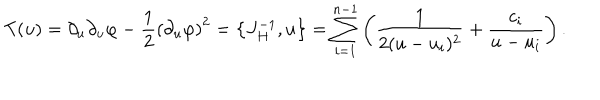
LaTeX: T ( u ) = \partial _ { u } \partial _ { u } \varphi - { \frac { 1 } { 2 } } \left( \partial _ { u } \varphi \right) ^ { 2 } = \left\{ J _ { H } ^ { - 1 } , u \right\} = \sum _ { i = 1 } ^ { n - 1 } \left( { \frac { 1 } { 2 ( u - u _ { i } ) ^ { 2 } } } + { \frac { c _ { i } } { u - u _ { i } } } \right) .